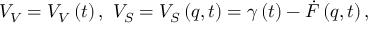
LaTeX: V _ { V } = V _ { V } \left( t \right) , \, \, V _ { S } = V _ { S } \left( q , t \right) = \gamma \left( t \right) - \dot { F } \left( q , t \right) ,